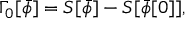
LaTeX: \Gamma _ { 0 } [ \bar { \phi } ] = S [ \bar { \phi } ] - S [ \bar { \phi } [ 0 ] ] ,